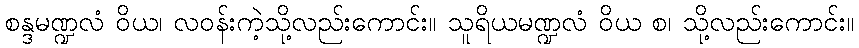
စန္ဒမဏ္ဍလံ ဝိယ၊ လဝန်းကဲ့သို့လည်းကောင်း။ သူရိယမဏ္ဍလံ ဝိယ စ၊ သို့လည်းကောင်း။